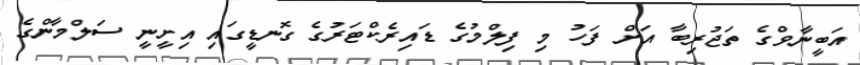
އަބީނާވްގެ ތަޖުރިބާ އަށް ފަހު މި ފިލްމުގެ ޑައިރެކްޓަރުގެ ގޮނޑީގައި އިށީނީ ސަލްމާންގެ